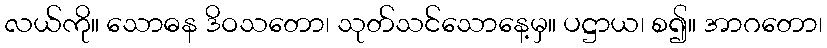
လယ်ကို။ သောဓန ဒိဝသတော၊ သုတ်သင်သောနေ့မှ။ ပဋ္ဌာယ၊ စ၍။ အာဂတော၊